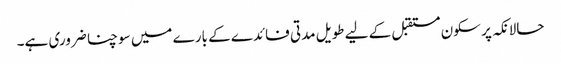
حالانکہ پر سکون مستقبل کے لیے طویل مدتی فائدے کے بارے میں سوچنا ضروری ہے۔